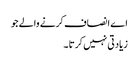
اے انصاف کرنے والے جو
زیادتی نہیں کرتا ۔